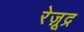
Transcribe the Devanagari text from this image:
रेज़ूद्र